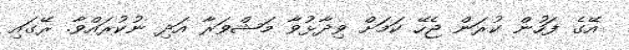
އޭގެ ފަހުން ކުރަން ޖެހޭ ކަމަށް ވިދާޅުވާ މަޝްވަރާ އަދި ނުކުރައްވާ. ރޭގައި